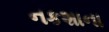
નકશાના